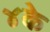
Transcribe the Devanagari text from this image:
४के